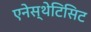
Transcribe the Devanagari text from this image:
एनेस्थेटिसिट